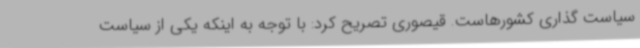
سیاست گذاری کشورهاست. قیصوری تصریح کرد: با توجه به اینکه یکی از سیاست